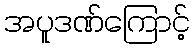
အပူဒဏ်ကြောင့်